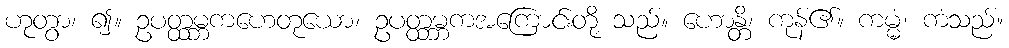
ဟုတွာ၊ ၍။ ဥပတ္ထမ္ဘကဟေတုယော၊ ဥပတ္ထမ္ဘကအကြောင်းတို့ သည်။ ဟောန္တိ၊ ကုန်၏။ ကမ္မံ၊ ကံသည်။